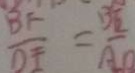
\frac { B F } { D E } = \frac { B E } { A B }